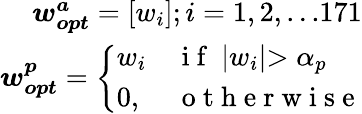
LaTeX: \begin{array}{r}{\boldsymbol{w_{opt}^{a}}=[w_{i}];i=1,2,...171}\\ {\boldsymbol{w_{opt}^{p}}=\left\{ \begin{array}{ll}{w_{i}}&{\mathrm{~i~f~}\ \lvert w_{i}\lvert>\alpha_{p}}\\ {0,}&{\mathrm{~o~t~h~e~r~w~i~s~e~}}\end{array}\right.}\end{array}